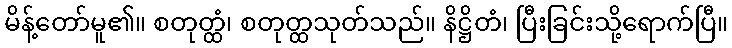
မိန့်တော်မူ၏။ စတုတ္ထံ၊ စတုတ္ထသုတ်သည်။ နိဋ္ဌိတံ၊ ပြီးခြင်းသို့ရောက်ပြီ။